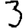
Digit: 3